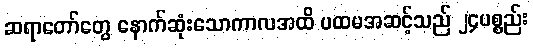
ဆရာတော်တွေ နောက်ဆုံးသောကာလအထိ ပထမအဆင့်သည် ၂၄ပစ္စည်း